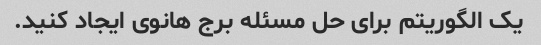
یک الگوریتم برای حل مسئله برج هانوی ایجاد کنید.